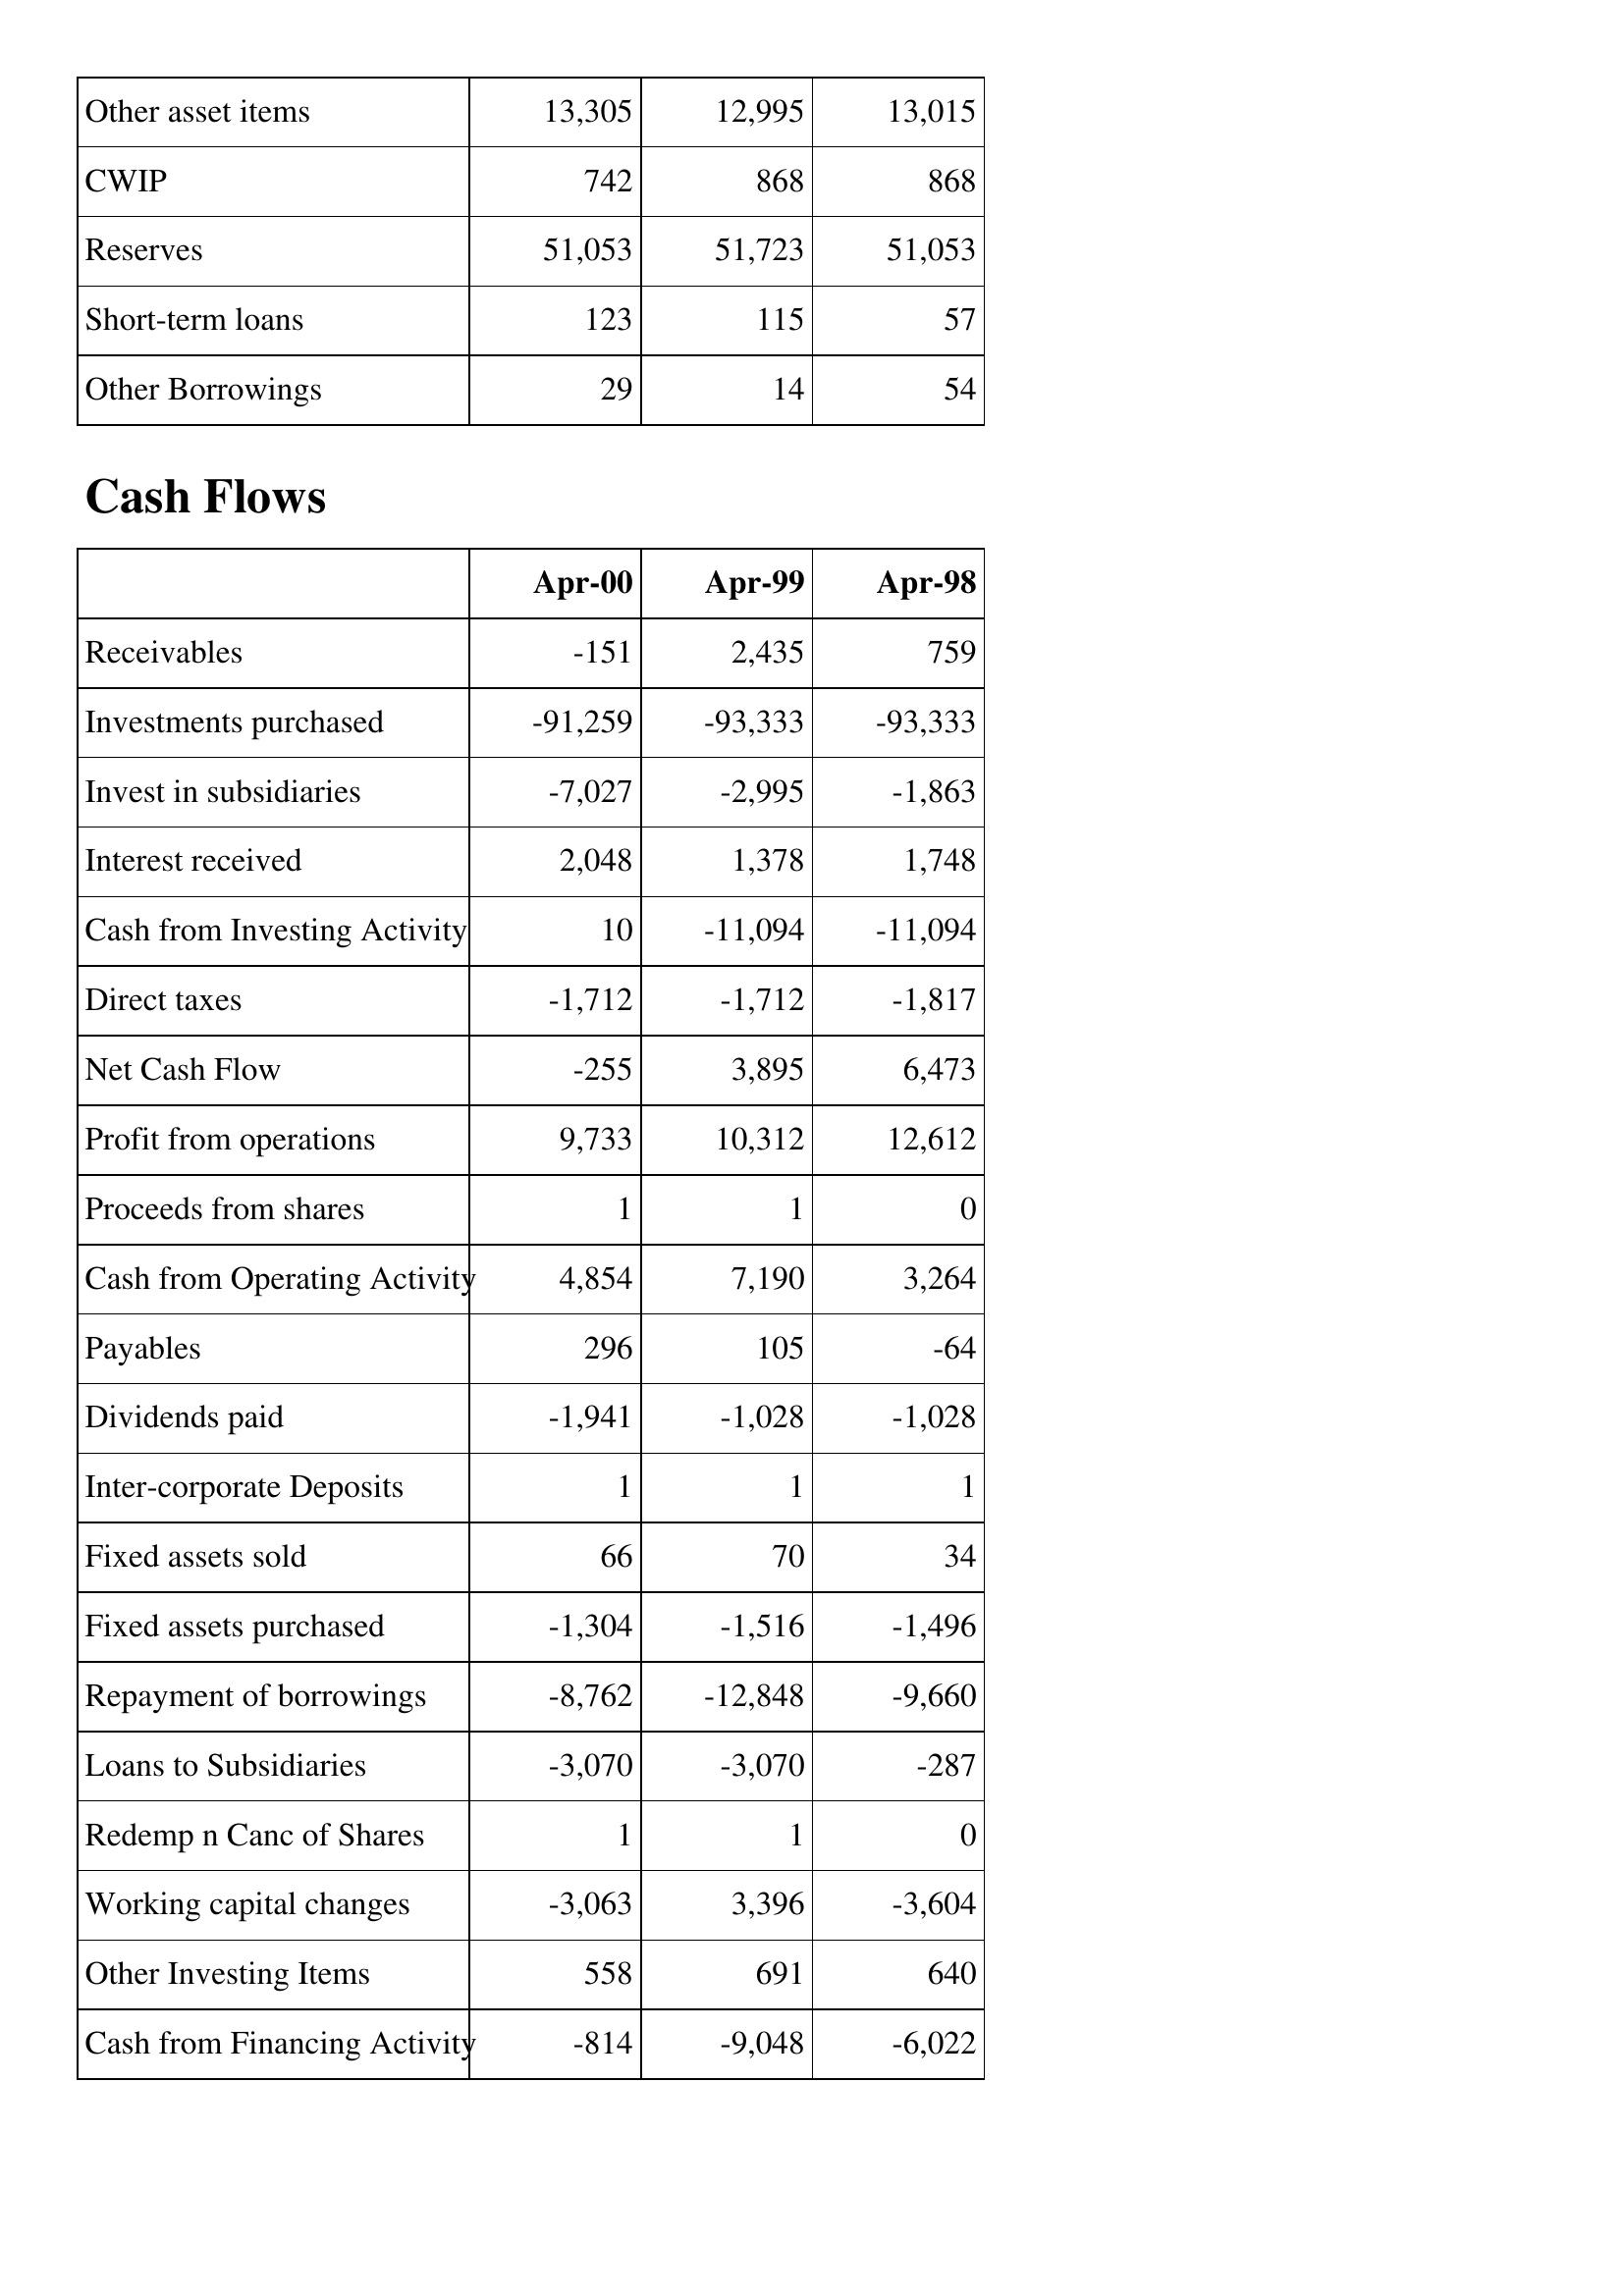
Apr-00: Balance Sheet: Other asset items: 13,305
CWIP: 742
Reserves: 51,053
Short-term loans: 123
Other Borrowings: 29
Cash Flows: Receivables: -151
Investments purchased: -91,259
Invest in subsidiaries: -7,027
Interest received: 2,048
Cash from Investing Activity: 10
Direct taxes: -1,712
Net Cash Flow: -255
Profit from operations: 9,733
Proceeds from shares: 1
Cash from Operating Activity: 4,854
Payables: 296
Dividends paid: -1,941
Inter-corporate Deposits: 1
Fixed assets sold: 66
Fixed assets purchased: -1,304
Repayment of borrowings: -8,762
Loans to Subsidiaries: -3,070
Redemp n Canc of Shares: 1
Working capital changes: -3,063
Other Investing Items: 558
Cash from Financing Activity: -814
Apr-99: Balance Sheet: Other asset items: 12,995
CWIP: 868
Reserves: 51,723
Short-term loans: 115
Other Borrowings: 14
Cash Flows: Receivables: 2,435
Investments purchased: -93,333
Invest in subsidiaries: -2,995
Interest received: 1,378
Cash from Investing Activity: -11,094
Direct taxes: -1,712
Net Cash Flow: 3,895
Profit from operations: 10,312
Proceeds from shares: 1
Cash from Operating Activity: 7,190
Payables: 105
Dividends paid: -1,028
Inter-corporate Deposits: 1
Fixed assets sold: 70
Fixed assets purchased: -1,516
Repayment of borrowings: -12,848
Loans to Subsidiaries: -3,070
Redemp n Canc of Shares: 1
Working capital changes: 3,396
Other Investing Items: 691
Cash from Financing Activity: -9,048
Apr-98: Balance Sheet: Other asset items: 13,015
CWIP: 868
Reserves: 51,053
Short-term loans: 57
Other Borrowings: 54
Cash Flows: Receivables: 759
Investments purchased: -93,333
Invest in subsidiaries: -1,863
Interest received: 1,748
Cash from Investing Activity: -11,094
Direct taxes: -1,817
Net Cash Flow: 6,473
Profit from operations: 12,612
Proceeds from shares: 0
Cash from Operating Activity: 3,264
Payables: -64
Dividends paid: -1,028
Inter-corporate Deposits: 1
Fixed assets sold: 34
Fixed assets purchased: -1,496
Repayment of borrowings: -9,660
Loans to Subsidiaries: -287
Redemp n Canc of Shares: 0
Working capital changes: -3,604
Other Investing Items: 640
Cash from Financing Activity: -6,022